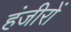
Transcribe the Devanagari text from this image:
हंजीरों